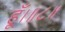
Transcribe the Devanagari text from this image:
हूँ।॥८॥